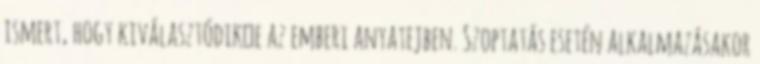
ismert, hogy kiválasztódik‑e az emberi anyatejben. Szoptatás esetén alkalmazásakor